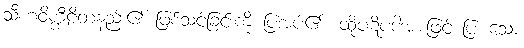
သီဟဝိက္ကီဠိတနည်း၏ ဖြစ်သင့်ခြင်းကို ပြအပ်၏။ ထိုပဋိပဒါအားဖြင့် ပြားသော